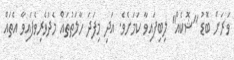
ވަރަށް ބޮޑު "ޝޮކެއް" ލިބިފައިވާ ކަމަށެވެ. އަދި މިފަދަ ހާލަތުތައް މެދުވެރިވެފައިވާ އެތައް